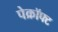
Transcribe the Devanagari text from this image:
पेक्रॉफ्ट